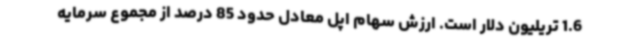
1.6 تریلیون دلار است. ارزش سهام اپل معادل حدود 85 درصد از مجموع سرمایه